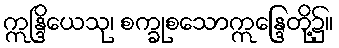
ဣန္ဒြိယေသု၊ စက္ခုစသောဣန္ဒြေတို့၌။